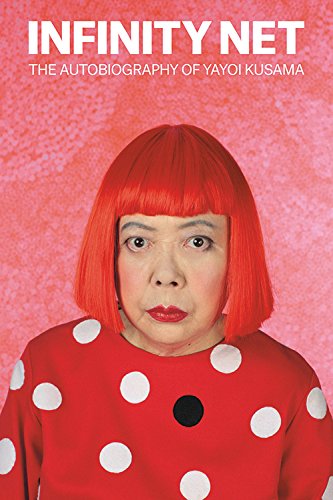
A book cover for Infinity Net: The Autobiography of Yayoi Kusama; Yayoi Kusama; Arts & Photography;